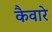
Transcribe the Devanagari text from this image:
कैवारे